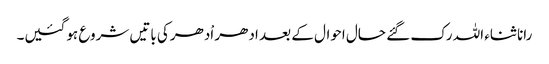
رانا ثناء اللہ رک گئے حال احوال کے بعد ادھر اْدھرکی باتیں شروع ہوگئیں۔